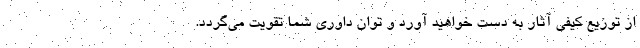
از توزیع کیفی آثار به دست خواهید آورد و توان داوری شما تقویت می‌گردد.